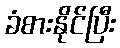
ခံစားနိုင်ပြီး